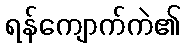
ရန်ကျောက်ကဲ၏